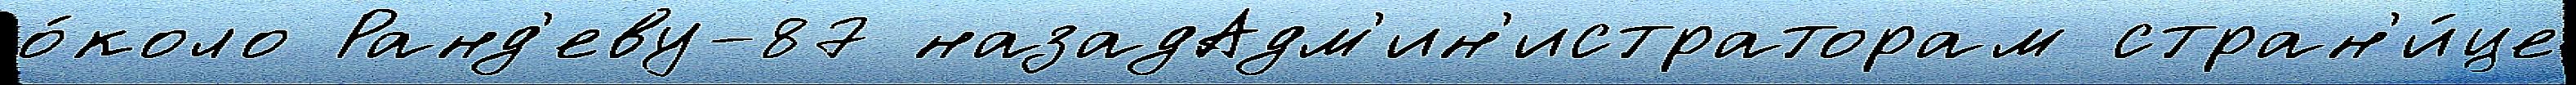
о́коло Ранд'еву-87 назадАдм'ин'истраторам стран'и́це